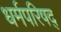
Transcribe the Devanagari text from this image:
धर्मपरिषद्